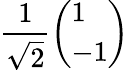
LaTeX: {\frac{1}{\sqrt{2}}}{\left(\begin{array}{l}{1}\\ {-1}\end{array}\right)}